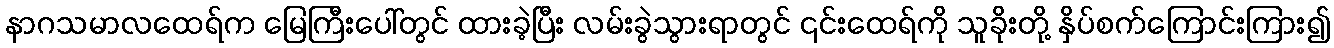
နာဂသမာလထေရ်က မြေကြီးပေါ်တွင် ထားခဲ့ပြီး လမ်းခွဲသွားရာတွင် ၎င်းထေရ်ကို သူခိုးတို့ နှိပ်စက်ကြောင်းကြား၍